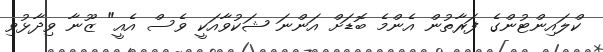
ކްލައިންޓުންގެ ފަރާތުން އެންމެ ބޮޑަށް އަންނަ ޝަކުވާއަކީ ވެސް އެއީ" ޒޫނާ ވިދާޅުވި